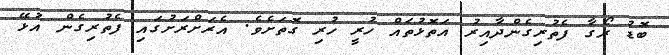
ބޮޑު ރޯގާ ފެތުރިގެންދާއިރު އަތޮޅުތައް ހުރީ ހުރި ގޮތަށެވެ. އެރަށްރަށުގައި ފެތުރިގެން އުޅޭ